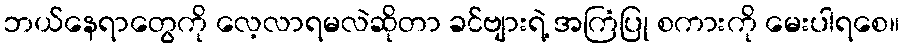
ဘယ်နေရာတွေကို လေ့လာရမလဲဆိုတာ ခင်ဗျားရဲ့ အကြံပြု စကားကို မေးပါရစေ။